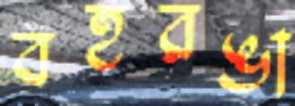
বহুরঙা